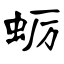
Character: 蛎